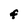
Character: F